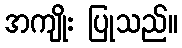
အကျိုး ပြုသည်။